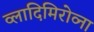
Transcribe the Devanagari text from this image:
व्लादिमिरोव्ना